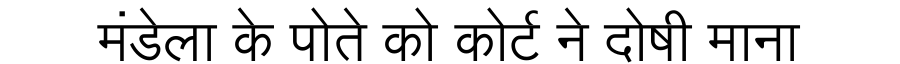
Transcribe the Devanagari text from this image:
मंडेला के पोते को कोर्ट ने दोषी माना